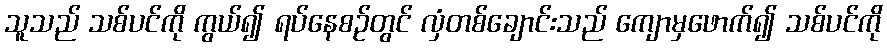
သူသည် သစ်ပင်ကို ကွယ်၍ ရပ်နေစဉ်တွင် လှံတစ်ချောင်းသည် ကျောမှဖောက်၍ သစ်ပင်ကို